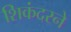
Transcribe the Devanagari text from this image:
शिकंदरने